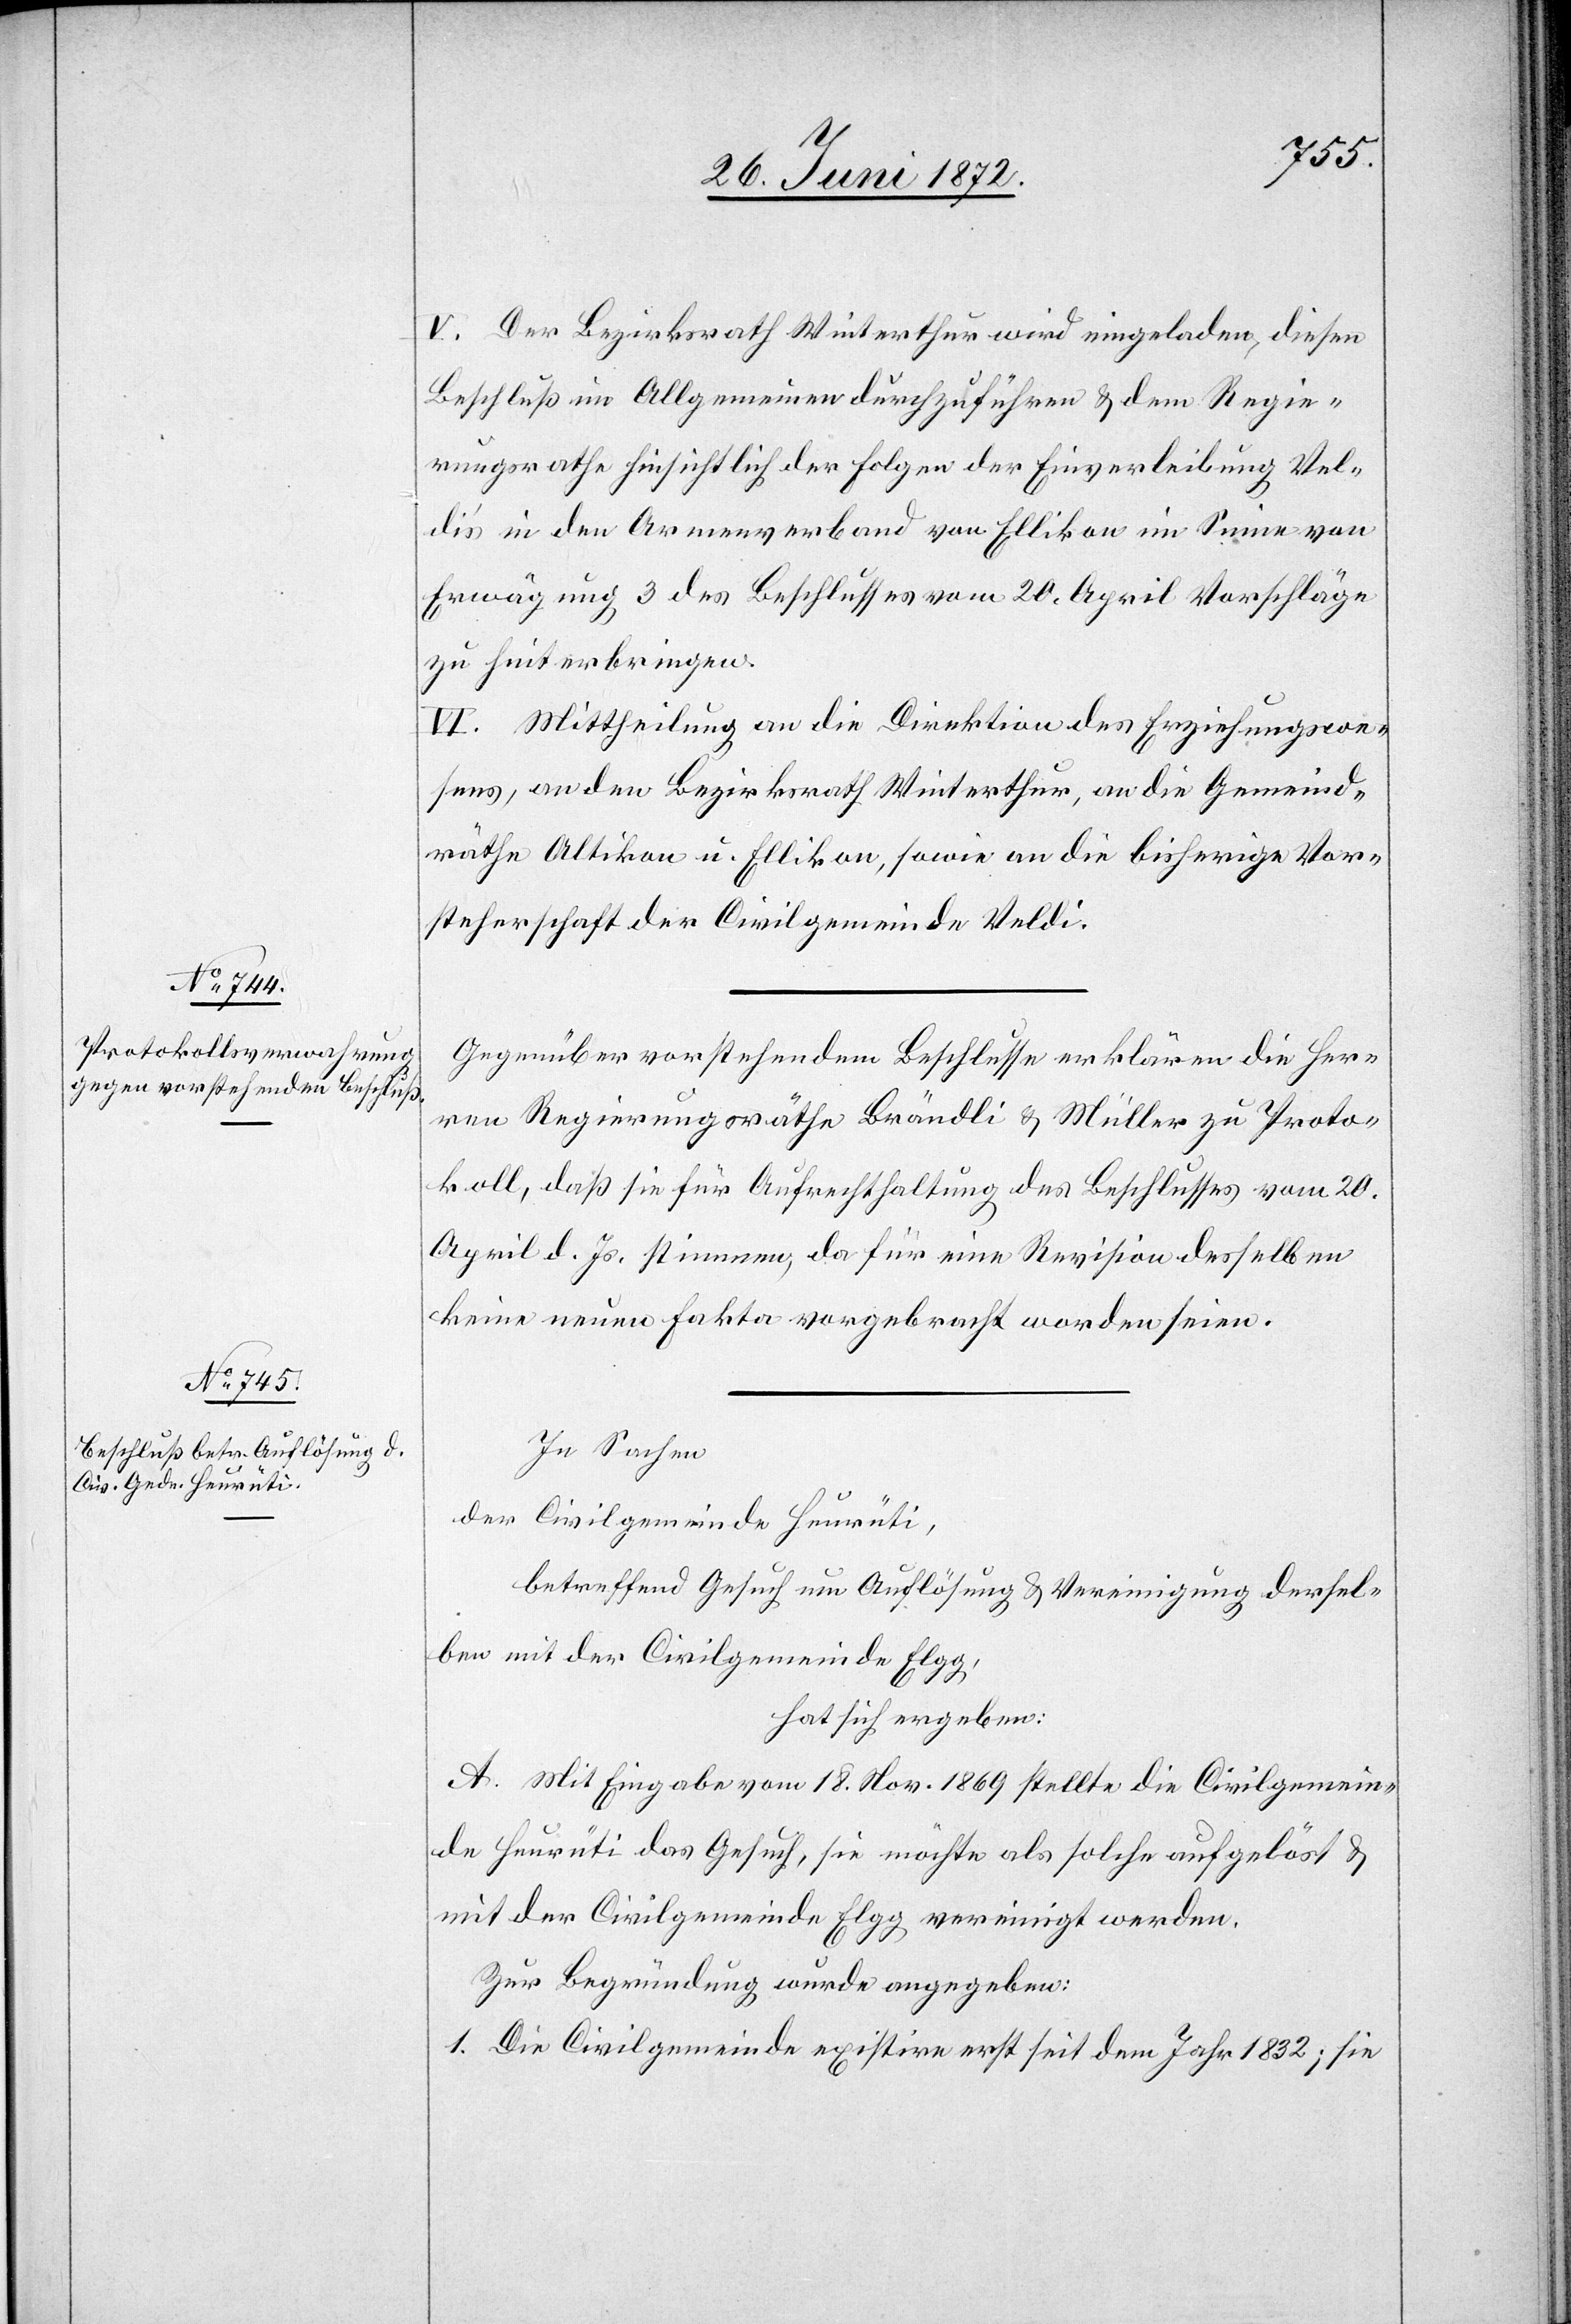
V. Der Bezirksrath Winterthur wird eingeladen, diesen
Beschluß im Allgemeinen durchzuführen u. dem Regie¬
rungsrathe hinsichtlich der Folgen der Einverleibung Vel¬
di’s in den Armenverband von Ellikon im Sinne von
Erwägung 3 des Beschlusses vom 20. April Vorschläge
zu hinterbringen.
VI. Mittheilung an die Direktion des Erziehungswe¬
sens, an den Bezirksrath Winterthur, an die Gemeind¬
räthe Altikon u. Ellikon, sowie an die bisherige Vor¬
steherschaft der Civilgemeinde Veldi.
Gegenüber vorstehendem Beschlusse erklären die Her¬
ren Regierungsräthe Brändli u. Müller zu Proto¬
koll, daß sie für Aufrechthaltung des Beschlusses vom 20.
April d. Js. stimmen, da für eine Revision desselben
keine neuen Fakta vorgebracht worden seien.
In Sachen
der Civilgemeinde Heurüti,
betreffend Gesuch um Auflösung u. Vereinigung dersel¬
ben mit der Civilgemeinde Elgg,
hat sich ergeben:
A. Mit Eingabe vom 18. Nov. 1869 stellte die Civilgemein¬
de Heurüti das Gesuch, sie möchte als solche aufgelöst u.
mit der Civilgemeinde Elgg vereinigt werden.
Zur Begründung wurde angegeben:
1. Die Civilgemeinde existire erst seit dem Jahr 1832; sie